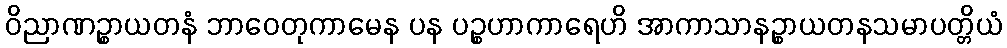
ဝိညာဏဉ္စာယတနံ ဘာဝေတုကာမေန ပန ပဉ္စဟာကာရေဟိ အာကာသာနဉ္စာယတနသမာပတ္တိယံ